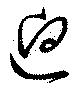
逈